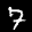
Label: 7